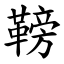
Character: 䩷